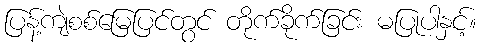
ပြန့်ကျဲစစ်မြေပြင်တွင် တိုက်ခိုက်ခြင်း မပြုပါနှင့်။